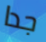
جدا